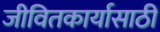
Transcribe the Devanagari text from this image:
जीवितकार्यासाठी